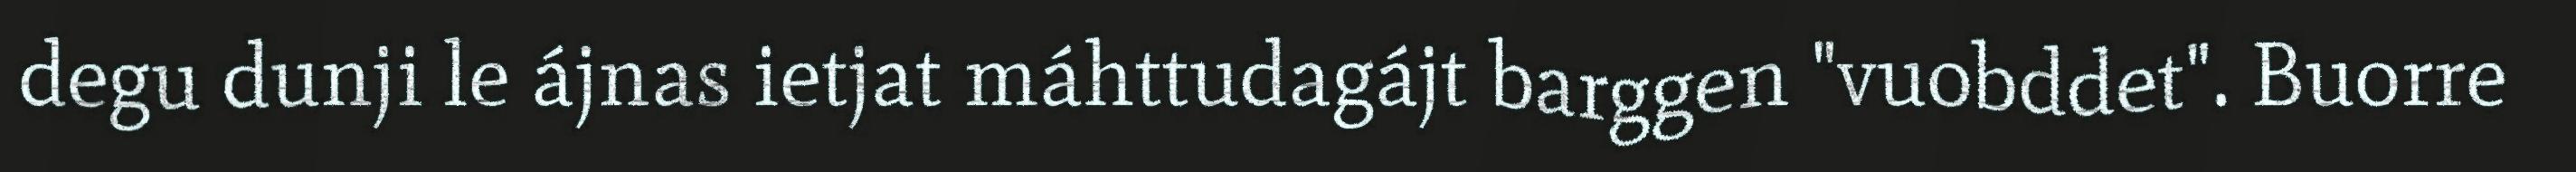
degu dunji le ájnas ietjat máhttudagájt barggen "vuobddet". Buorre